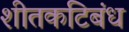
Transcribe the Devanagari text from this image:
शीतकटिबंध